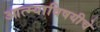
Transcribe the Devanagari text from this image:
आत्म्याविषयीचे